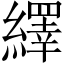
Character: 繹